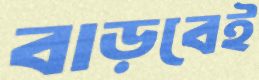
বাড়বেই